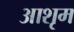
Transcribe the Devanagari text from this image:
आशृम